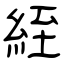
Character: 絰